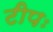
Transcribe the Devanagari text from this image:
टीपः